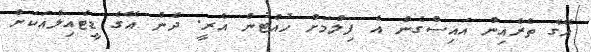
އޭގެ ތެރެއިން އައިސްގެން އެ ފިލްމަށް ހުއްޓުން އެރީ. ދެން އޭގެ ޑީޓެއިލްއަކަށް